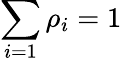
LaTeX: \sum_{i=1}\rho_{i}=1